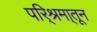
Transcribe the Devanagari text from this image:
परि्श्रमा्तून